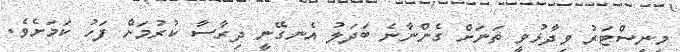
މިނިސްޓަރު ވިދާޅުވީ ތަނަށް ގެންނާނެ ބަދަލު އެނގޭނީ ދިރާސާ ކުރުމަށް ފަހު ކަމަށެވެ.